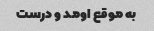
به موقع اومد و درست